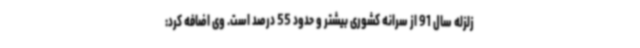
زلزله سال 91 از سرانه کشوری بیشتر و حدود 55 درصد است. وی اضافه کرد: